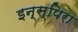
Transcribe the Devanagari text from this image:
इन्स्पिरा